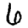
Digit: 6